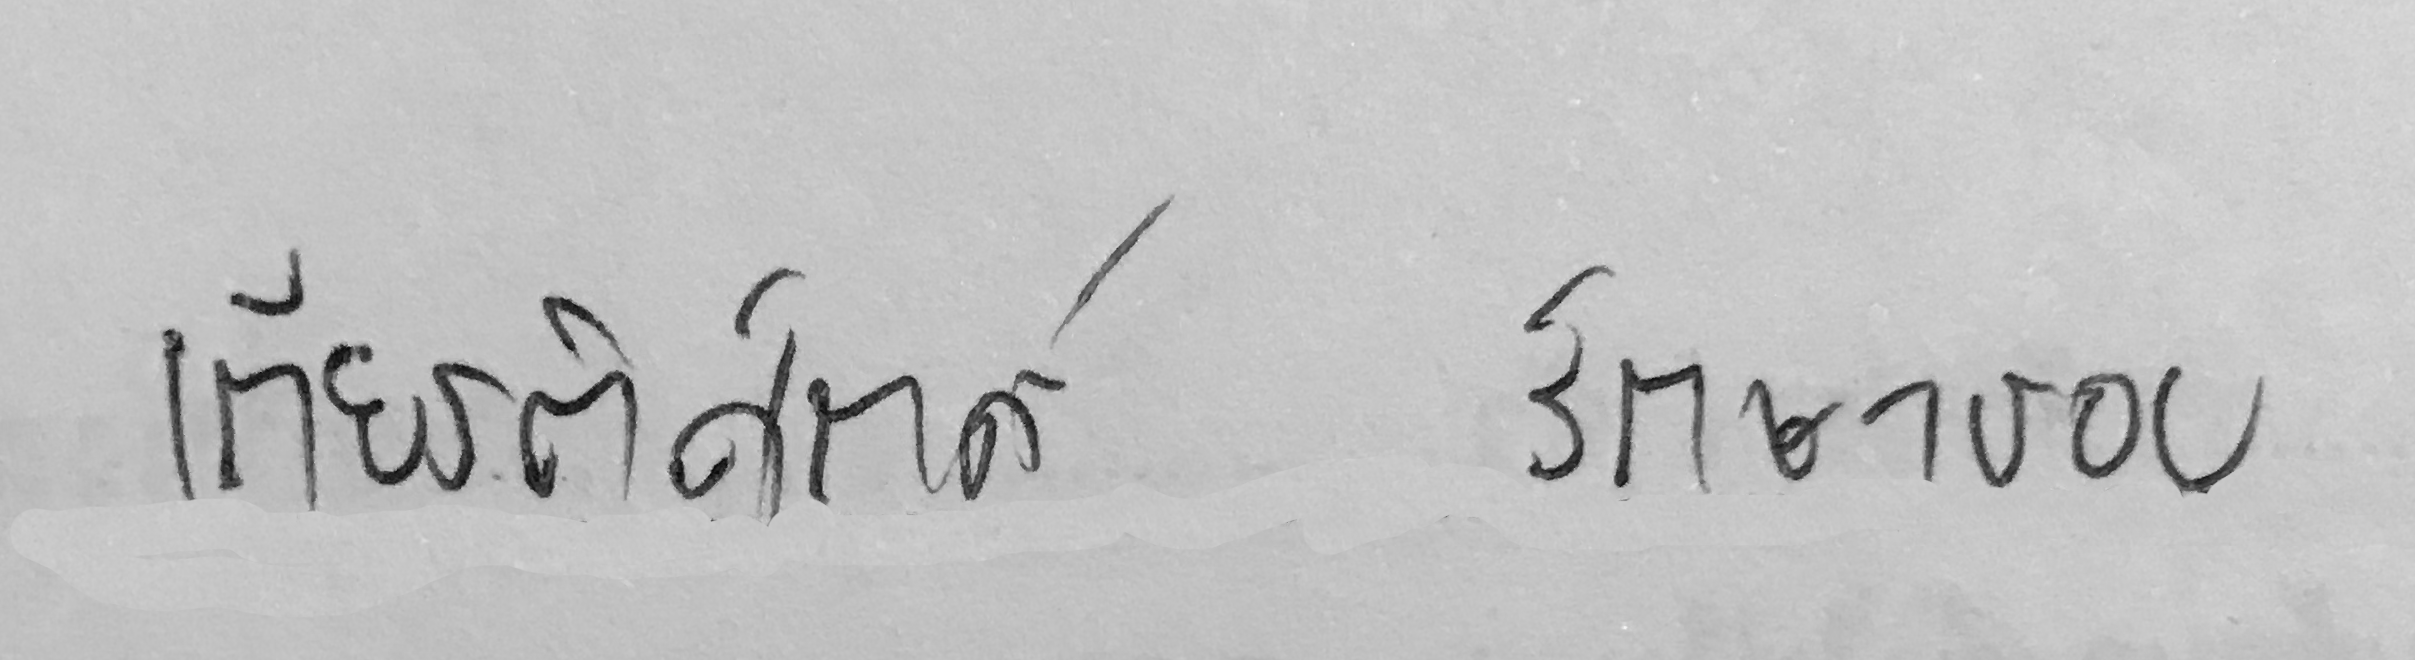
เกียรติศักดิ์ รักษาชอบ